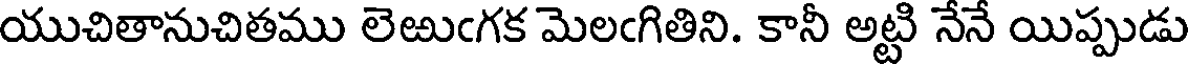
యుచితానుచితము లెఱుఁగక మెలఁగితిని. కానీ అట్టి నేనే యిప్పుడు